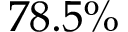
7 8 . 5 \%